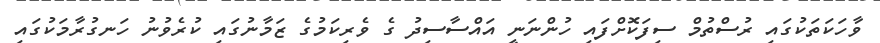
ވާހަކަތަކުގައި ރުސްތުމް ސިފަކޮށްފައި ހުންނަނީ އައްސާސިދު ގެ ވެރިކަމުގެ ޒަމާނުގައި ކުރެވުނު ހަނގުރާމަކުގައި